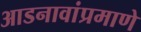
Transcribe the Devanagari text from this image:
आडनावांप्रमाणे